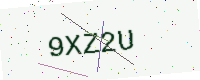
Text: 9XZ2U